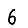
Digit: 6